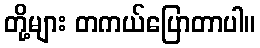
တို့များ တကယ်ပြောတာပါ။